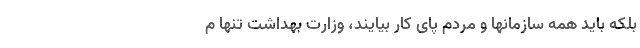
بلکه باید همه سازمانها و مردم پای کار بیایند، وزارت بهداشت تنها م